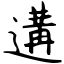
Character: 遘